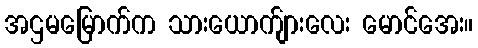
အဌမမြောက်က သားယောက်ျားလေး မောင်အေး။